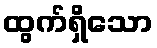
ထွက်ရှိသော